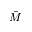
\hat { M }